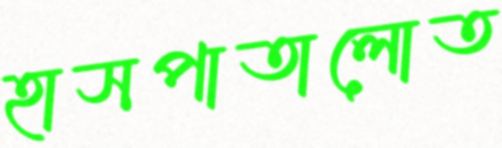
হাসপাতালোত